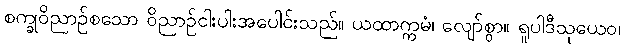
စက္ခုဝိညာဉ်စသော ဝိညာဉ်ငါးပါးအပေါင်းသည်။ ယထာက္ကမံ၊ လျော်စွာ။ ရူပါဒီသုယေဝ၊